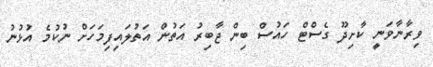
ވިރާނާވަނީ ކާށިދޫ ގެސްޓް ހައުސް ބިން ޖާބިރު އަތުން އަތުލައިފިމަހަށް ނުކުމެ އުޅުނު